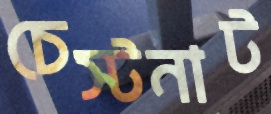
চেস্টনাট